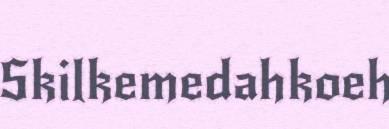
Skilkemedahkoeh